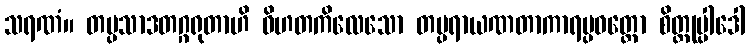
သရဏံ။ တပ္ပသာဒတဂ္ဂရုတာဟိ ဝိဟတကိလေသော တပ္ပရာယဏတာကာရပ္ပဝတ္တော စိတ္တုပ္ပါဒေါ